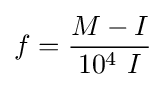
f={\frac {M-I}{10^{4}\ I}}